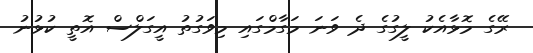
ރޭގެ މޮޅާއެކު ލީގުގެ ދެ ވަނަ މަގާމްގައި މިވަގުތު އީގަލްސް އޮތީ ކުޅުނު